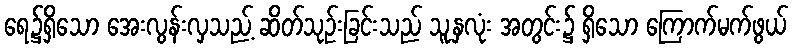
ရေ၌ရှိသော အေးလွန်းလှသည့် ဆိတ်သုဉ်းခြင်းသည် သူ့နှလုံး အတွင်း၌ ရှိသော ကြောက်မက်ဖွယ်